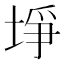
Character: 埩